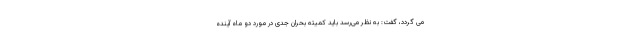
می گردد، گفت: به نظر می‌رسد باید کمیته بحران جدی در مورد دو ماه آینده